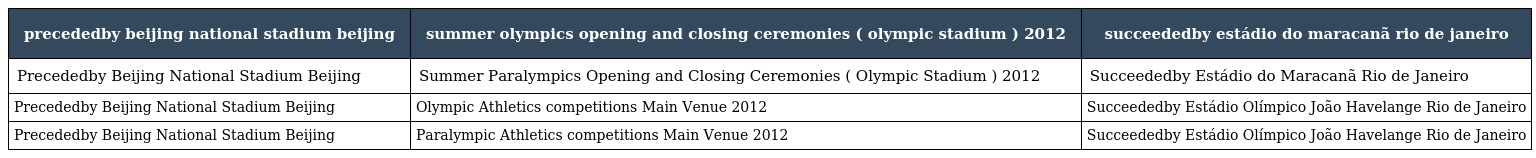
| precededby beijing national stadium beijing | summer olympics opening and closing ceremonies ( olympic stadium ) 2012 | succeededby estádio do maracanã rio de janeiro |
 | --- | --- | --- |
 | Precededby Beijing National Stadium Beijing | Summer Paralympics Opening and Closing Ceremonies ( Olympic Stadium ) 2012 | Succeededby Estádio do Maracanã Rio de Janeiro |
 | Precededby Beijing National Stadium Beijing | Olympic Athletics competitions Main Venue 2012 | Succeededby Estádio Olímpico João Havelange Rio de Janeiro |
 | Precededby Beijing National Stadium Beijing | Paralympic Athletics competitions Main Venue 2012 | Succeededby Estádio Olímpico João Havelange Rio de Janeiro |